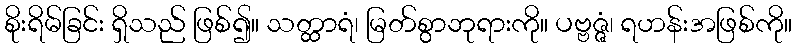
စိုးရိမ်ခြင်း ရှိသည် ဖြစ်၍။ သတ္ထာရံ၊ မြတ်စွာဘုရားကို။ ပဗ္ဗဇ္ဇံ၊ ရဟန်းအဖြစ်ကို။